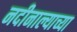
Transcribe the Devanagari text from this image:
नदीनाल्याच्या